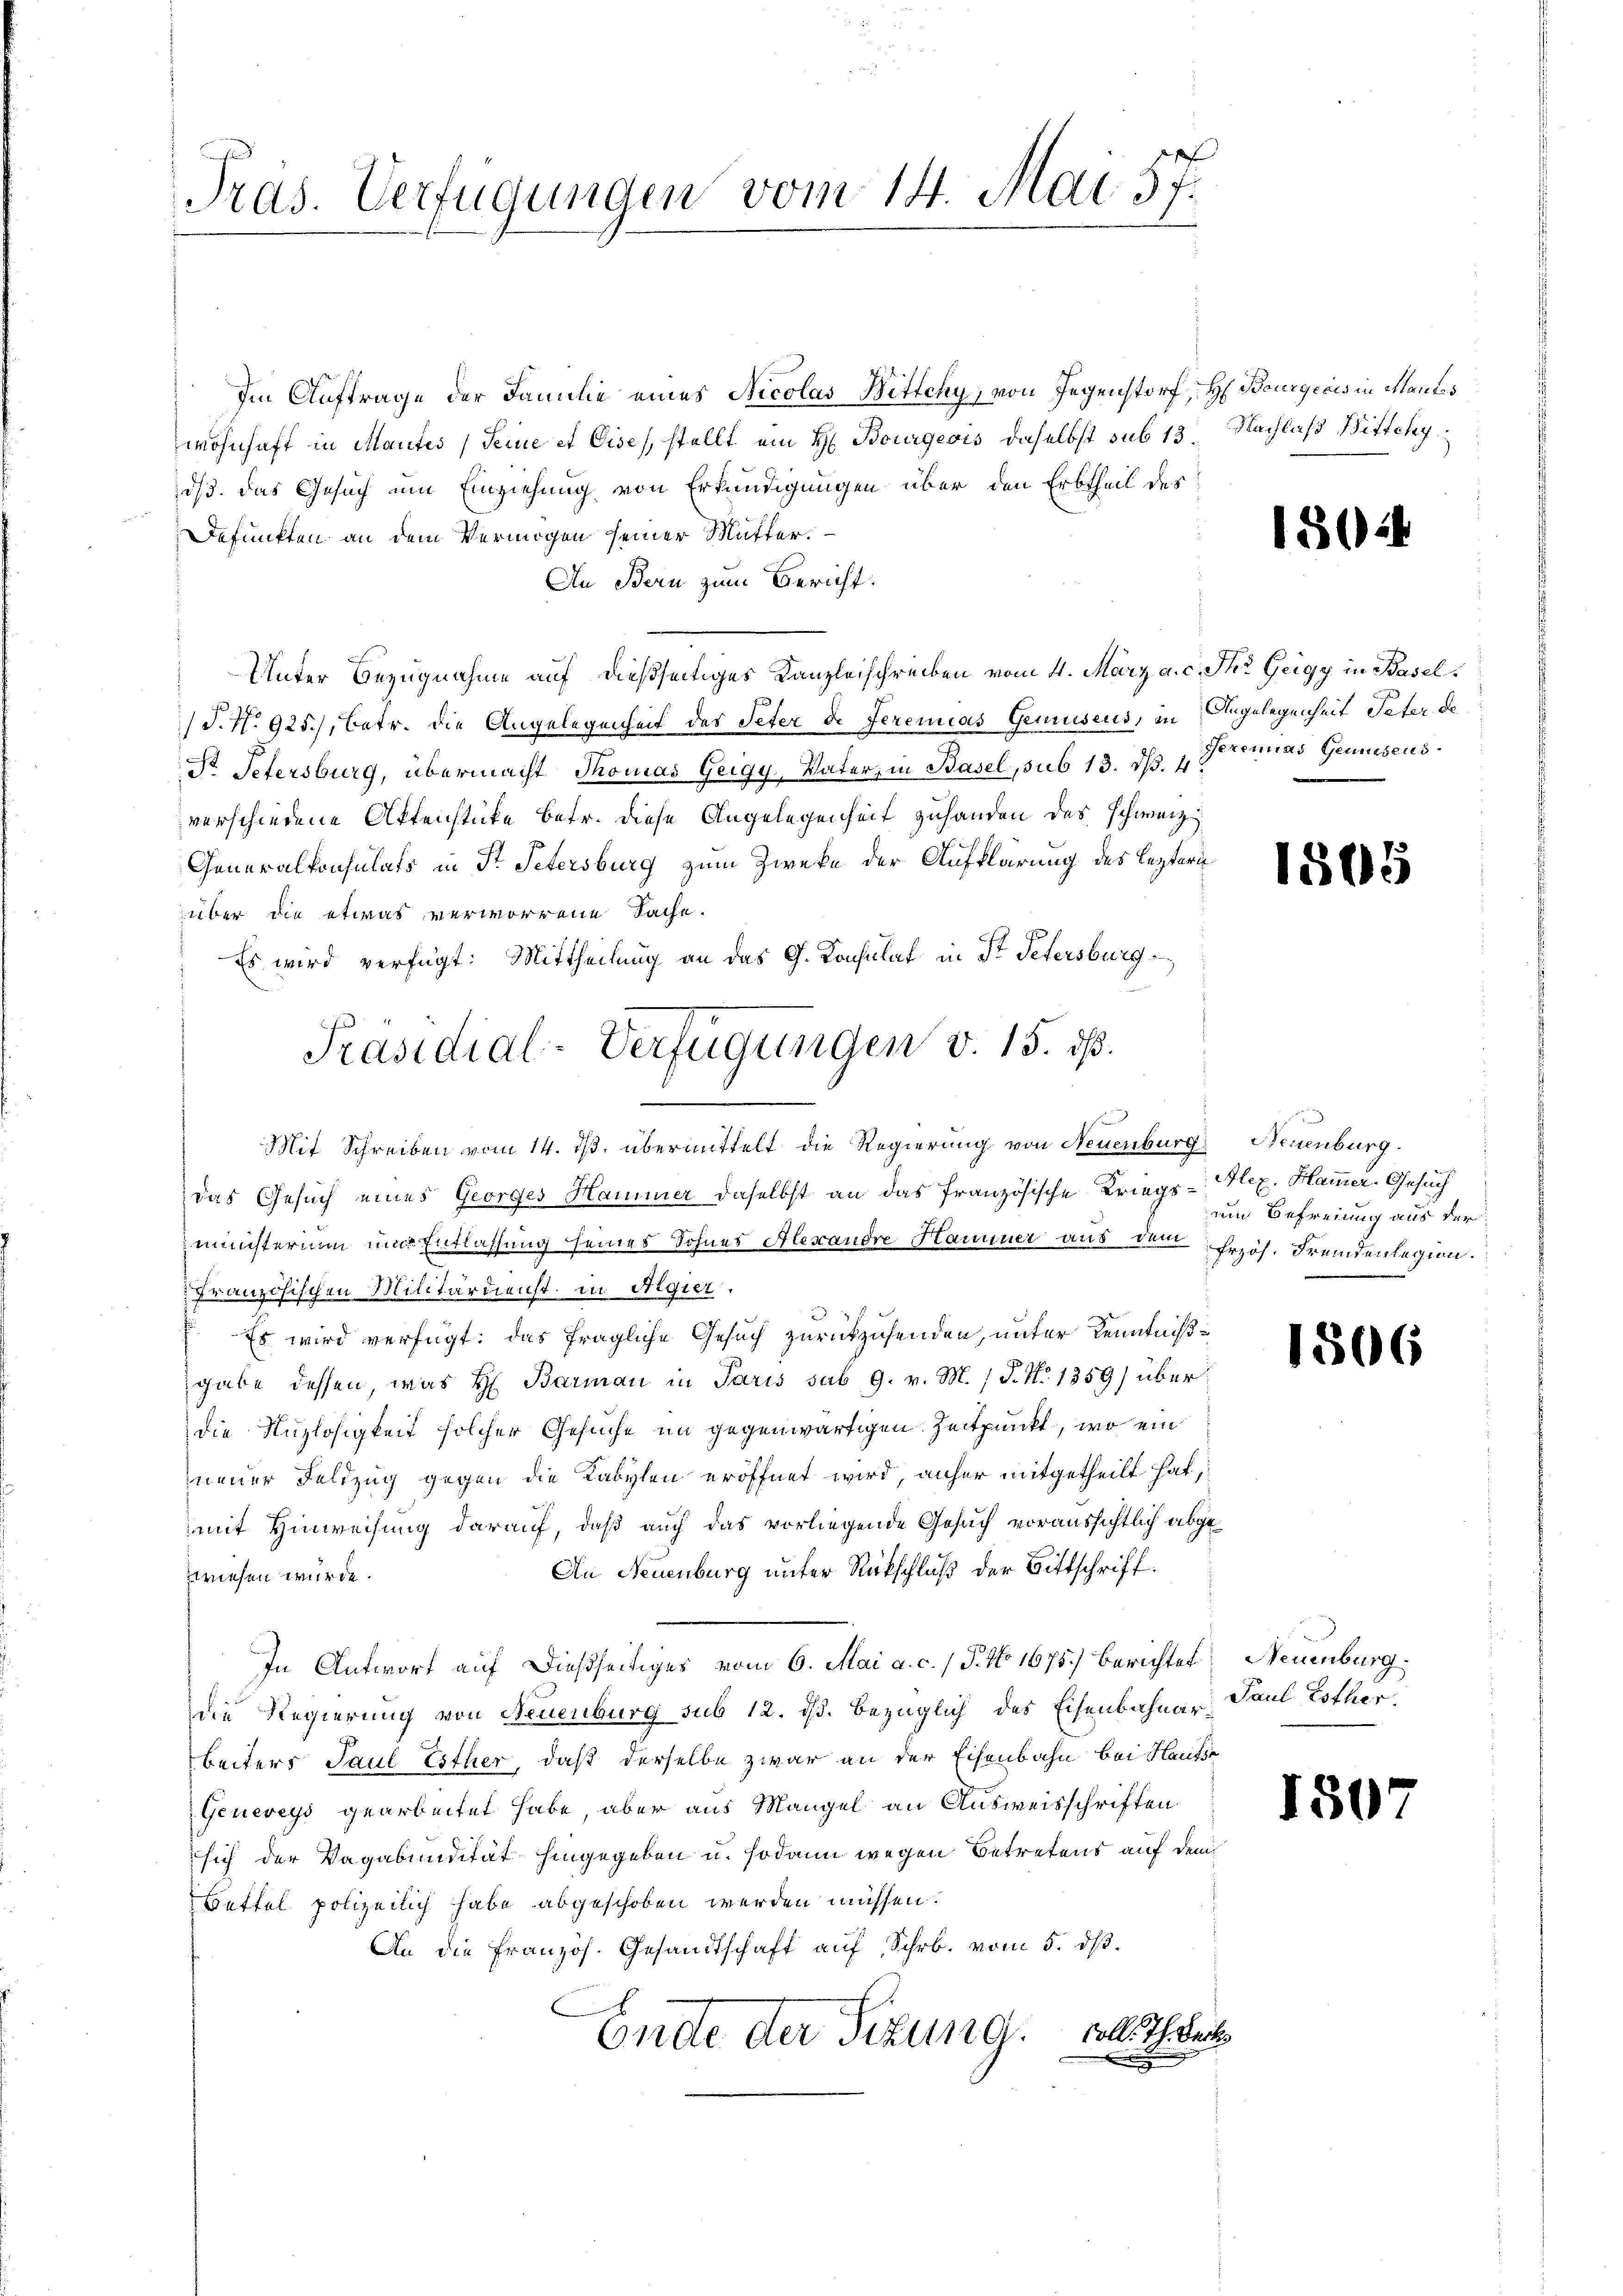
Tras. Verfügungen vom 14. Mai 57.

Im Auftrage der Familie eines Nicolas Bittchy, von Gegenstorf, H. Bourgicis in Mantes
wohnhaft in Mantes, Seine et Eise, stellt ein H. Bourgeois daselbst sub 13. Nachlaß Bittcky
dß. Das Gesuch um Einziehung von Erkundigungen über den Erbtheil des
Defunkten an dem Vermögen seiner Mutter.
In Bern zum Bericht.
Unter Bezugnahme auf dießseitiges Kanzleischreiben vom 4. März a. c. Ihr Geigy in Basel
/S.N. 925.) Betr. die Angelegenheit des Peter de Seremias Gemuseus, in Angelegenheit Peter de
Pr. Petersburg, übermacht Thomas Geigy, Vater, in Basel, sub 13. ds. v. Peremias Gemüsens
verschiedene Aktenstücke betr. diese Angelegenheit zuhanden das schwarz
Generalkonsulats in St. Petersburg zum Zwecke der Aufklärung des leztern
über die etwas verworrene Sache.
Es wird verfügt: Mittheilung an das G. Konsulat in St. Petersburg
Mit Schreiben vom 14. ds. übermittelt die Regierung von Neuenburg, Neuenburg.
das Gesuch eines Georges Hammer daselbst an das französische Kriegs-Hlez. Hammer. Gesuch
ministerium um Entlassung seines Sohnes Alexandre Hammer aus dem hrzös. Fremdenlegion.
französischen Militärdienst in Algier.
Es wird verfügt: das fragliche Gesuch zurückzusenden, unter Kenntnißgabe dessen, was H: Barman in Paris sub 9. v. M. / P. Nr. 1359) über
die Nuzlosigkeit solcher Gesuche im gegenwärtigen Zeitpunkt, wo ein
neuer Feldzug gegen die Kabylen eröffnet wird, anher mitgetheilt hat,
mit Hinweisung darauf, daß auch das vorliegende Gesuch voraussichtlich abge¬
An Neuenburg unter Rückschluß der Bittschrift.
zwiesen würde.
In Antwort auf dießseitiges vom 6. Mai a. c., P. No 1675.) Berichtet Neuenburg
die Regierung von Neuenburg sub 12. ds. bezüglich des Eisenbahnar Paul Lother
beiters Paul Esther, daß derselbe zwar an der Eisenbahn bei Hausse
Geneveys gearbeitet habe, aber aus Mangel an Ausweisschriften
sich der Vagabundität hingegeben u. sodann wegen Betretens auf dem
Bettel polizeilich habe abgeschoben werden müssen.
An die französ. Gesandtschaft aŭf Schrb. vom 5. dβ.
Ende der Sitzung. Als The

Präsidial-Verfügungen v. 15. ds.

em Befreiung aus der

1802.

1505

1506

1507